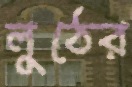
লুঠের